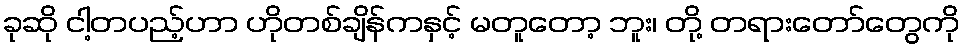
ခုဆို ငါ့တပည့်ဟာ ဟိုတစ်ချိန်ကနှင့် မတူတော့ ဘူး၊ တို့ တရားတော်တွေကို